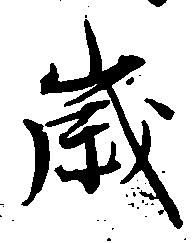
歳